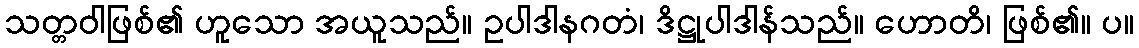
သတ္တဝါဖြစ်၏ ဟူသော အယူသည်။ ဥပါဒါနဂတံ၊ ဒိဋ္ဌုပါဒါန်သည်။ ဟောတိ၊ ဖြစ်၏။ ပ။